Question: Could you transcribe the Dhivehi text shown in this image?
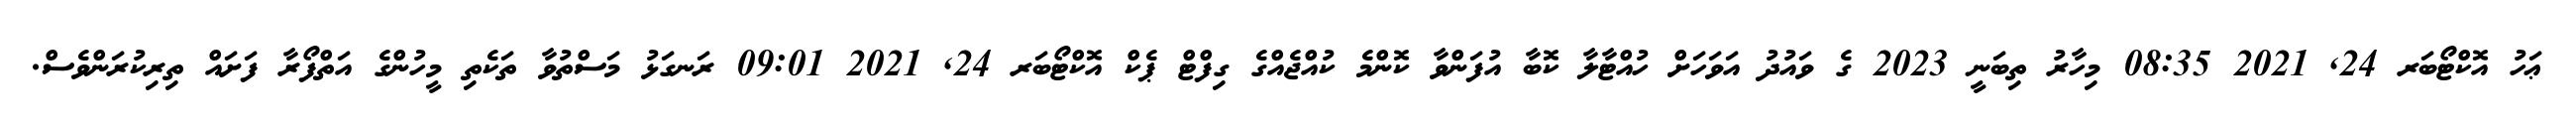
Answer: ޢަހު އޮކްޓޯބަރ 24, 2021 08:35 މިހާރު ތިބަނީ 2023 ގެ ވައުދު އަވަހަށް ހުއްޓާލާ ކޮބާ އުފަންވާ ކޮންމެ ކުއްޖެއްގެ ގިފްޓް ޕެކް އޮކްޓޯބަރ 24, 2021 09:01 ރަނގަޅު މަސްތުވާ ތަކެތި މީހުންގެ އަތްފޯރާ ފަށައް ތިރިކުރަންވެސް.